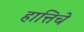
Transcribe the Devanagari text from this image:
हात्तिचे